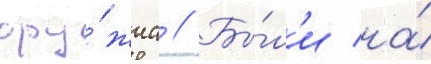
ору́жиа // Бы́л'и на́